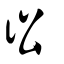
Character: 彸